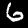
Digit: 6